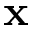
\mathbf { x }